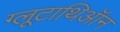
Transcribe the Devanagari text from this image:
ग्लूटाथिऑन